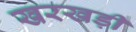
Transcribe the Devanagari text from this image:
खरखड़ी